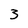
Character: 3